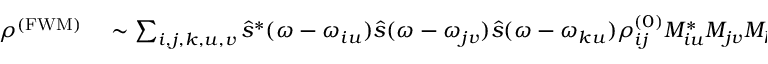
\begin{array} { r l } { \rho ^ { \mathrm { ( F W M ) } } } & { { } \sim \sum _ { i , j , k , u , v } \hat { s } ^ { * } ( \omega - \omega _ { i u } ) \hat { s } ( \omega - \omega _ { j v } ) \hat { s } ( \omega - \omega _ { k u } ) \rho _ { i j } ^ { ( 0 ) } M _ { i u } ^ { * } M _ { j v } M _ { k u } M _ { k v } ^ { * } e ^ { ( - i \omega _ { k v } - \gamma _ { k v } ) t } e ^ { ( i \omega _ { i u } - \gamma _ { i u } ) \tau _ { 1 2 } } \, . } \end{array}